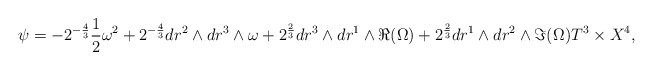
\begin{align*}\psi = - 2^{-\frac{4}{3}} \frac{1}{2} \omega^2 + 2^{-\frac{4}{3}} dr^2 \wedge dr^3 \wedge \omega + 2^{\frac{2}{3}} dr^3 \wedge dr^1 \wedge \Re (\Omega) + 2^{\frac{2}{3}} dr^1 \wedge dr^2 \wedge \Im (\Omega) T^3 \times X^4,\end{align*}